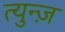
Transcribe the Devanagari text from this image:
त्युन्ज़